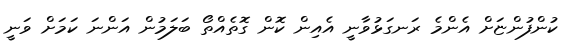
ކުންފުންޏަށް އެންމެ ރަނގަޅުވާނީ އެއިން ކޮން ގޮތެއްތޯ ބަލަމުން އަންނަ ކަމަށް ވަނީ